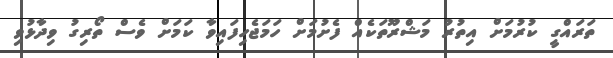
ތަރައްގީ ކުރުމަށް އިތުރު މަޝްރޫތަކެއް ފެށުމަށް ހަމަޖެހިފައިވާ ކަމަށް ވެސް ތޯރިގު ވިދާޅުވި